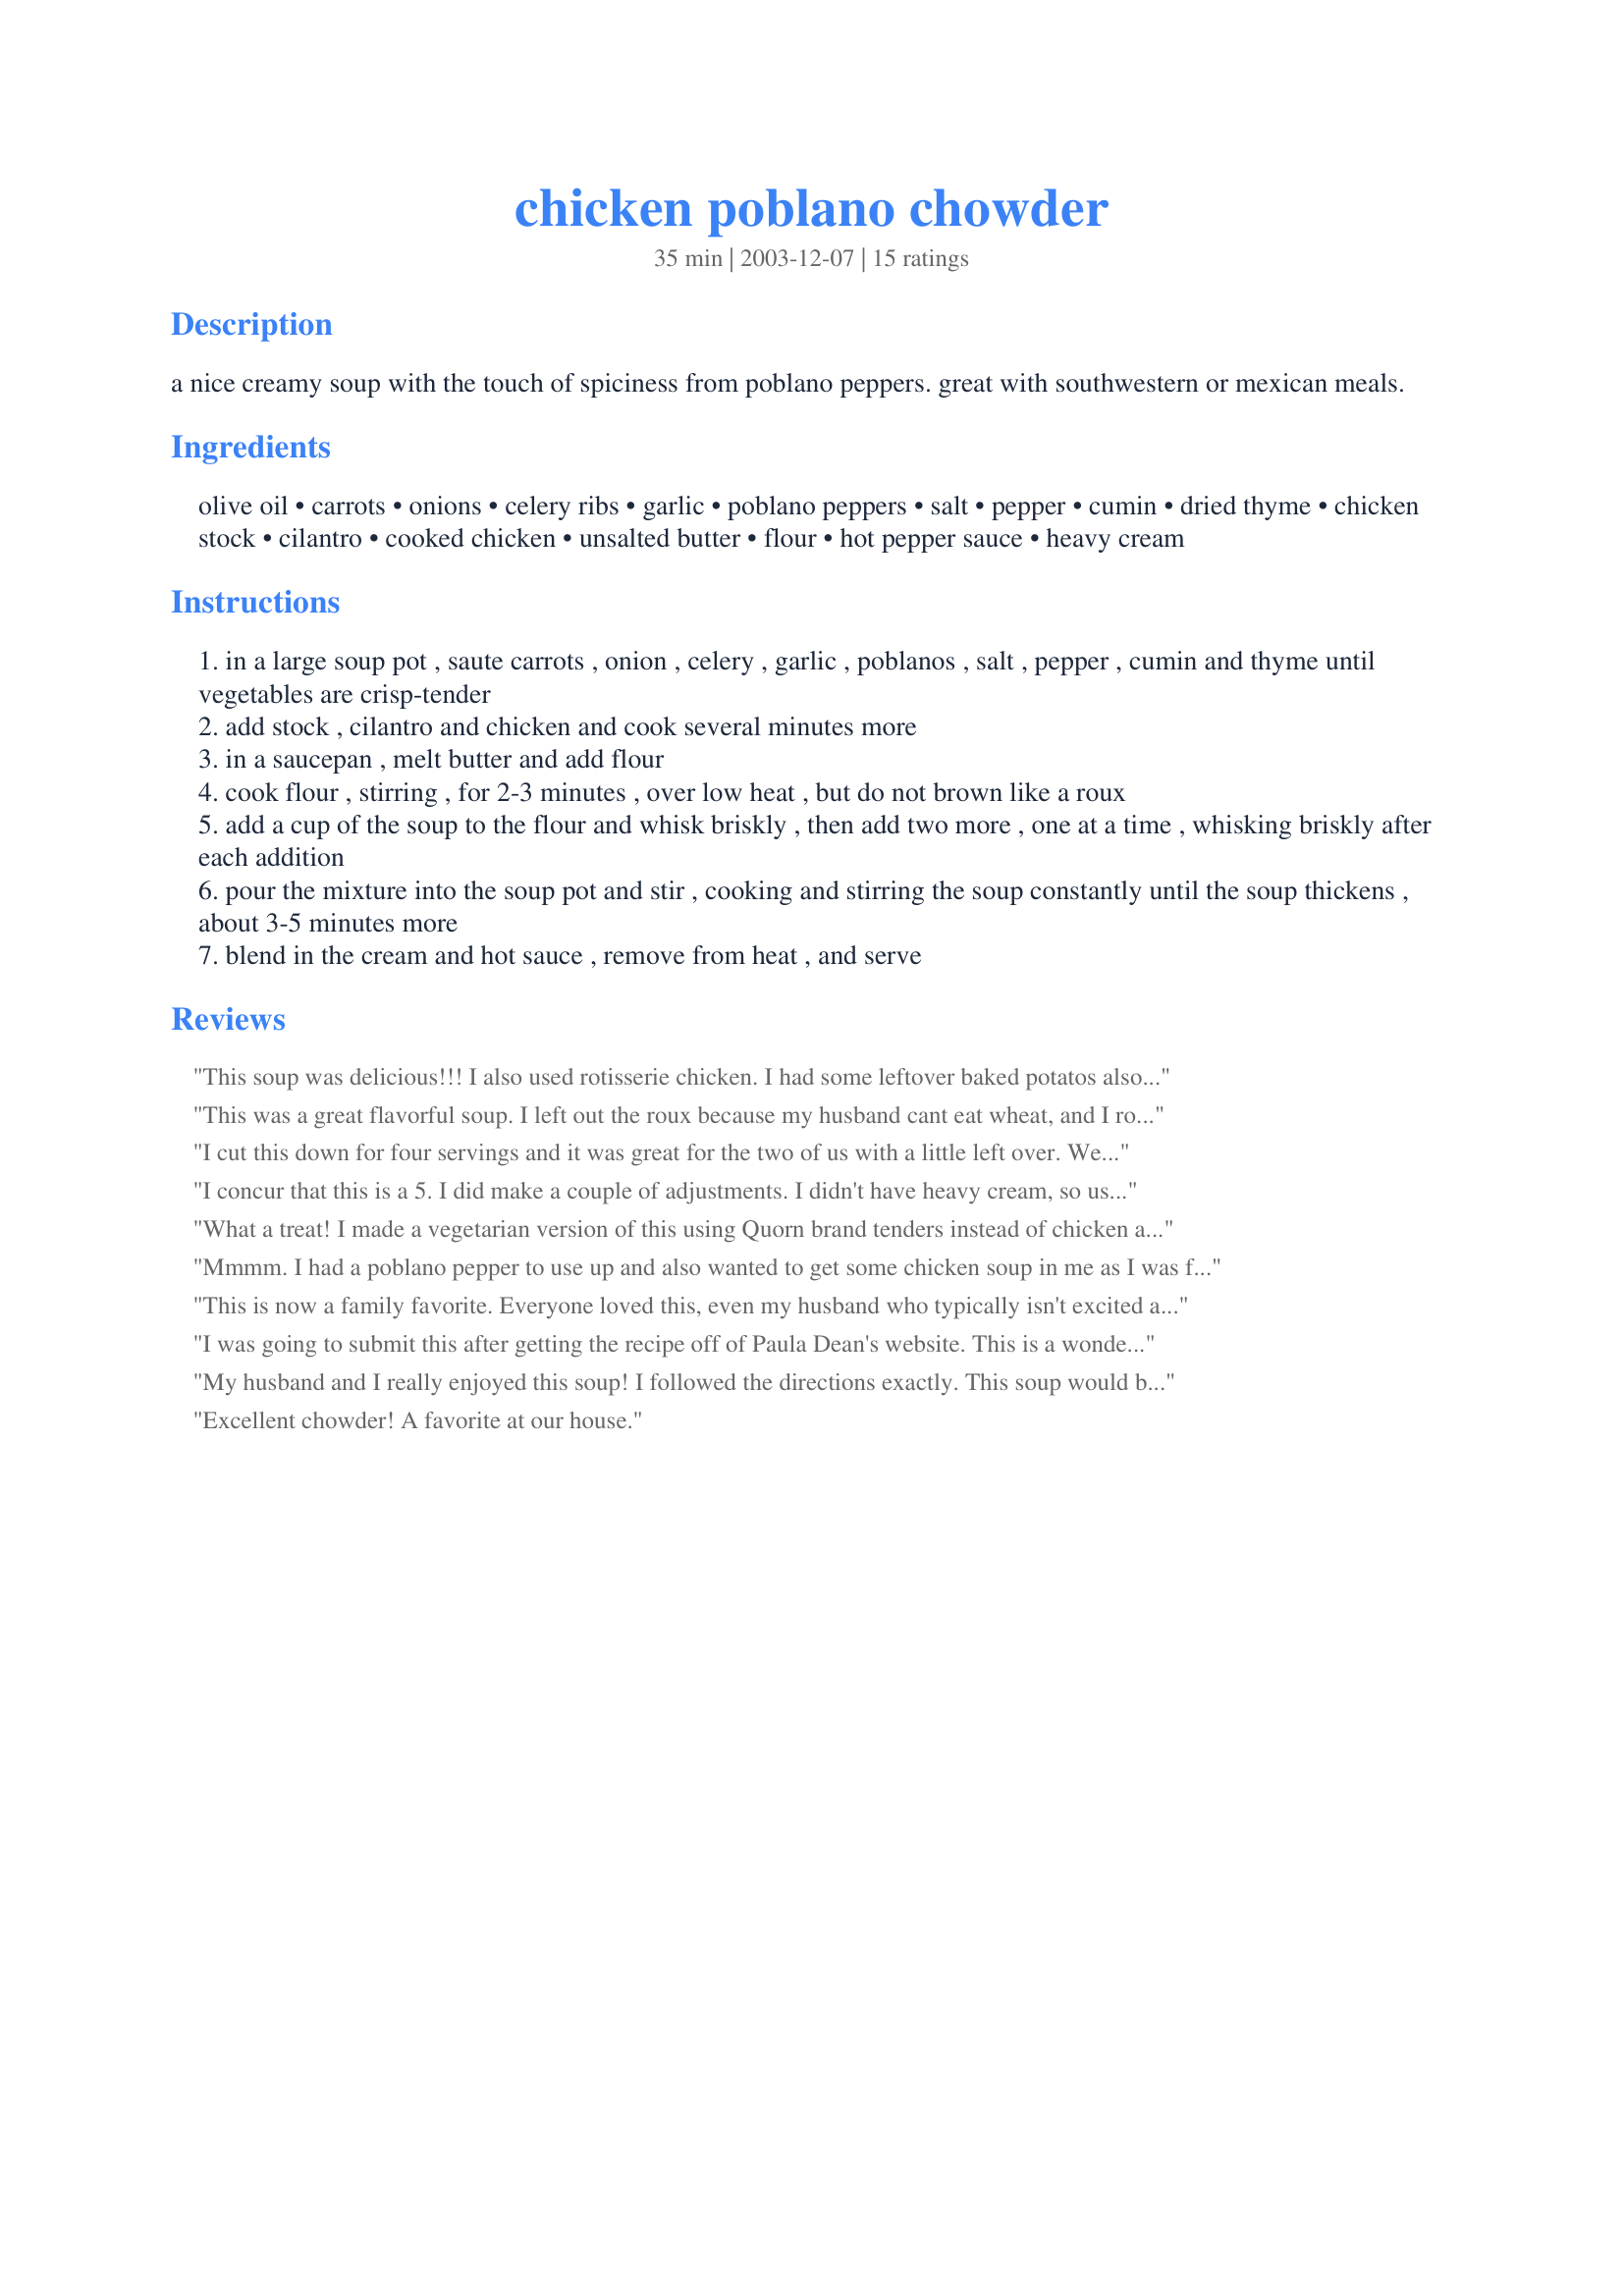
chicken poblano chowder
Preparation time: 35 minutes

a nice creamy soup with the touch of spiciness from poblano peppers. great with southwestern or mexican meals.

Ingredients:
olive oil, carrots, onions, celery ribs, garlic, poblano peppers, salt, pepper, cumin, dried thyme, chicken stock, cilantro, cooked chicken, unsalted butter, flour, hot pepper sauce, heavy cream

Steps:
in a large soup pot , saute carrots , onion , celery , garlic , poblanos , salt , pepper , cumin and thyme until vegetables are crisp-tender
add stock , cilantro and chicken and cook several minutes more
in a saucepan , melt butter and add flour
cook flour , stirring , for 2-3 minutes , over low heat , but do not brown like a roux
add a cup of the soup to the flour and whisk briskly , then add two more , one at a time , whisking briskly after each addition
pour the mixture into the soup pot and stir , cooking and stirring the soup constantly until the soup thickens , about 3-5 minutes more
blend in the cream and hot sauce , remove from heat , and serve

Reviews:
This soup was delicious!!! I also used rotisserie chicken. I had some leftover baked potatos also so I peeled them, chopped them up, and added them at the very end. My husband also loves cheese so he added some cheddar too! Yummy!!!
This was a great flavorful soup. I left out the roux because my husband cant eat wheat, and I roaste the peppers cause it seamed like fun. Turned out great!
I cut this down for four servings and it was great for the two of us with a little left over. We both thought it had great flavor. I used one half roasted poblano and one jalapeno. Served it with Recipe #303546. What a great flavorful meal.
I concur that this is a 5. I did make a couple of adjustments. I didn't have heavy cream, so used half and half. I also added a little more chicken stock because it was a little too thick. I skipped the cilantro, because my husband hates it. It would have been excellent without these changes.... just personal choice and the one ingredient I didn't have. It's a keeper!
What a treat! I made a vegetarian version of this using Quorn brand tenders instead of chicken and vegetable stock, along with poblano peppers from my container garden. It was creamy, rich, and extremely flavorful. Be sure not to skip the fresh cilantro; it combines with the other ingredients to create a very unique flavor. This was also great re-heated over the next couple of days--probably even better than the first night. It makes quite a bit of soup too, so for a smaller family, I would make a half recipe or freeze half. Sue, thank you for sharing such a great recipe! I know we'll make it again.
Mmmm. I had a poblano pepper to use up and also wanted to get some chicken soup in me as I was fighting a cold. COMFORT FOOD and such a nice twist on the usual chicken soup. I will be doing this AGAIN!
This is now a family favorite. Everyone loved this, even my husband who typically isn't excited about soup. He loved this one! Everything about it is perfect!
I was going to submit this after getting the recipe off of Paula Dean's website. This is a wonderful recipe. I also roasted my peppers (anaheim instead of poblano because the store was out). This made for a great smoky flavor in the soup. I was out of heavy cream and had to sub half and half which kept mine from thickening as much as I would have liked but I solved that by pouring my serving over some crushed corn chips. My 10 year old daugher and my non soup loving huband loved it!
My husband and I really enjoyed this soup! I followed the directions exactly. This soup would be great served with warm flour tortillas! Heated the next day, this soup was even better! Thanks Sue L for sharing this recipe.
Excellent chowder! A favorite at our house.
This is a great chowder and works well as a supper main dish. I made a smaller batch and it came out perfectly. It's also another way to use up leftover chicken or turkey. Another keeper!
Great warming soup. It made a lot so I froze it to take to work. I added just 2 peppers, this was the first time eating poblano peppers. Thank you!
This was EXCELLENT. I used whole wheat flour to make it a little bit healthier, next time will try heavy cream substitute. EVERYBODY loved this, will definitely make it again. THanks!
Loved this. Very easy, but delicious flavor. Not too spicy, just right. This makes a TON of soup. We ate it all week. Will definitely make again.
this was soooo tasty!! we all loved this, including my 3 yo dd!!! i made a few changes: used a rotisserie chicken from the deli, i roasted 1 of the poblanos for some added flavor, used parsley instead of cilantro and just added the heavy cream to the soup at the end instead of doing the whole roux thing. this was so wonderful and easy! will make often. thanks!!
